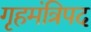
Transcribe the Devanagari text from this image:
गृहमंत्रिपद